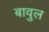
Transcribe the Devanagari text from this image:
बावुल